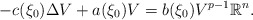
\begin{align*}-c(\xi_{0})\Delta V+a(\xi_{0})V=b(\xi_{0})V^{p-1}\mathbb{R}^{n}.\end{align*}